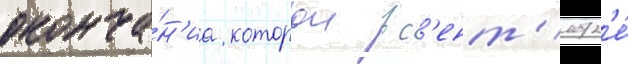
оконча́н'иа которои в с'ент'ябр'е́